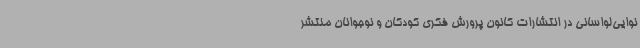
نوایی‌لواسانی در انتشارات کانون پرورش فکری کودکان و نوجوانان منتشر